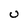
Character: U